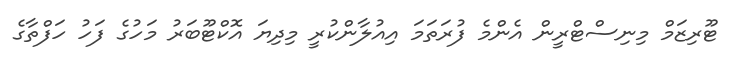
ޓޫރިޒަމް މިނިސްޓްރީން އެންމެ ފުރަތަމަ އިއުލާންކުރީ މިދިޔަ އޮކްޓޫބަރު މަހުގެ ފަހު ހަފްތާގެ